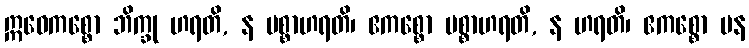
ဣဓေကစ္စော ဘိက္ခု ဟရတိ, န ပစ္စာဟရတိ၊ ဧကစ္စော ပစ္စာဟရတိ, န ဟရတိ၊ ဧကစ္စော ပန